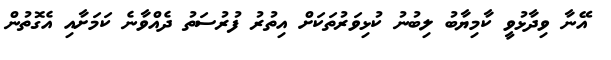
އޭނާ ވިދާޅުވީ ކާމިޔާބު ލިބުނު ކުޅިވަރުތަކަށް އިތުރު ފުރުސަތު ދެއްވާނެ ކަމަށާއި އެގޮތުން